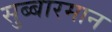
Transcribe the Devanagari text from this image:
सुब्बारमान